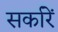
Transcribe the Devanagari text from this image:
सर्कारें